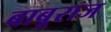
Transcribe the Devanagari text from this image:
बाबूराज